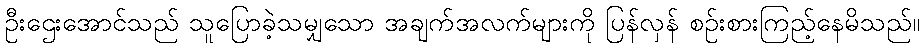
ဦးဌေးအောင်သည် သူပြောခဲ့သမျှသော အချက်အလက်များကို ပြန်လှန် စဉ်းစားကြည့်နေမိသည်။